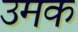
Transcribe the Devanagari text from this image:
उमक